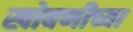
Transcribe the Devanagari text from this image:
खोबणीच्या